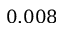
0 . 0 0 8